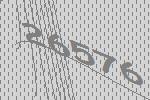
26576